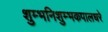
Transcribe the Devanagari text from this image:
शुम्भनिशुम्भकपालधरे